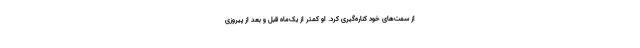
از سمت‌های خود کناره‌گیری کرد. او کمتر از یک‌ماه قبل و بعد از پیروزی